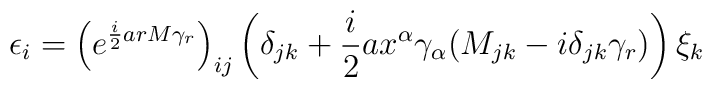
\epsilon_{i} = \left(e^{\frac{i}{2} a r M \gamma_{r}}\right)_{ij} \left(\delta_{jk} + \frac{i}{2} a x^{\alpha} \gamma_{\alpha} (M_{jk} - i\delta_{jk} \gamma_{r}) \right) \xi_{k}